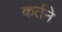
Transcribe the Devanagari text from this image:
कर्तने